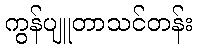
ကွန်ပျူတာသင်တန်း